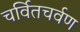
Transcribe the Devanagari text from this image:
चर्वितचर्वण